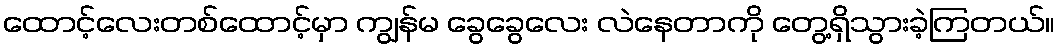
ထောင့်လေးတစ်ထောင့်မှာ ကျွန်မ ခွေခွေလေး လဲနေတာကို တွေ့ရှိသွားခဲ့ကြတယ်။